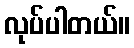
လုပ်ပါတယ်။